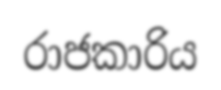
රාජකාරිය